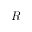
R